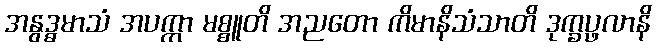
အနွဒ္ဓမာသံ အပက္ကာ မစ္စူတိ အညတော ကိမာနိသံသာတိ ဒုက္ခပ္ဖလာနိ